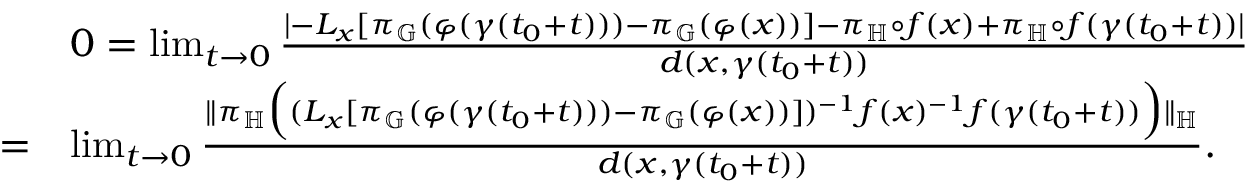
\begin{array} { r l } & { 0 = \operatorname* { l i m } _ { t \to 0 } \frac { \lvert - L _ { x } [ \pi _ { \mathbb { G } } ( \varphi ( \gamma ( t _ { 0 } + t ) ) ) - \pi _ { \mathbb { G } } ( \varphi ( x ) ) ] - \pi _ { \mathbb { H } } \circ f ( x ) + \pi _ { \mathbb { H } } \circ f ( \gamma ( t _ { 0 } + t ) ) \rvert } { d ( x , \gamma ( t _ { 0 } + t ) ) } } \\ { = } & { \operatorname* { l i m } _ { t \to 0 } \frac { \lVert \pi _ { \mathbb { H } } \Big ( ( L _ { x } [ \pi _ { \mathbb { G } } ( \varphi ( \gamma ( t _ { 0 } + t ) ) ) - \pi _ { \mathbb { G } } ( \varphi ( x ) ) ] ) ^ { - 1 } f ( x ) ^ { - 1 } f ( \gamma ( t _ { 0 } + t ) ) \Big ) \rVert _ { \mathbb { H } } } { d ( x , \gamma ( t _ { 0 } + t ) ) } . } \end{array}